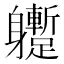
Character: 𨊝